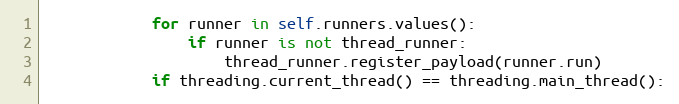
Language: Python
            for runner in self.runners.values():
                if runner is not thread_runner:
                    thread_runner.register_payload(runner.run)
            if threading.current_thread() == threading.main_thread():